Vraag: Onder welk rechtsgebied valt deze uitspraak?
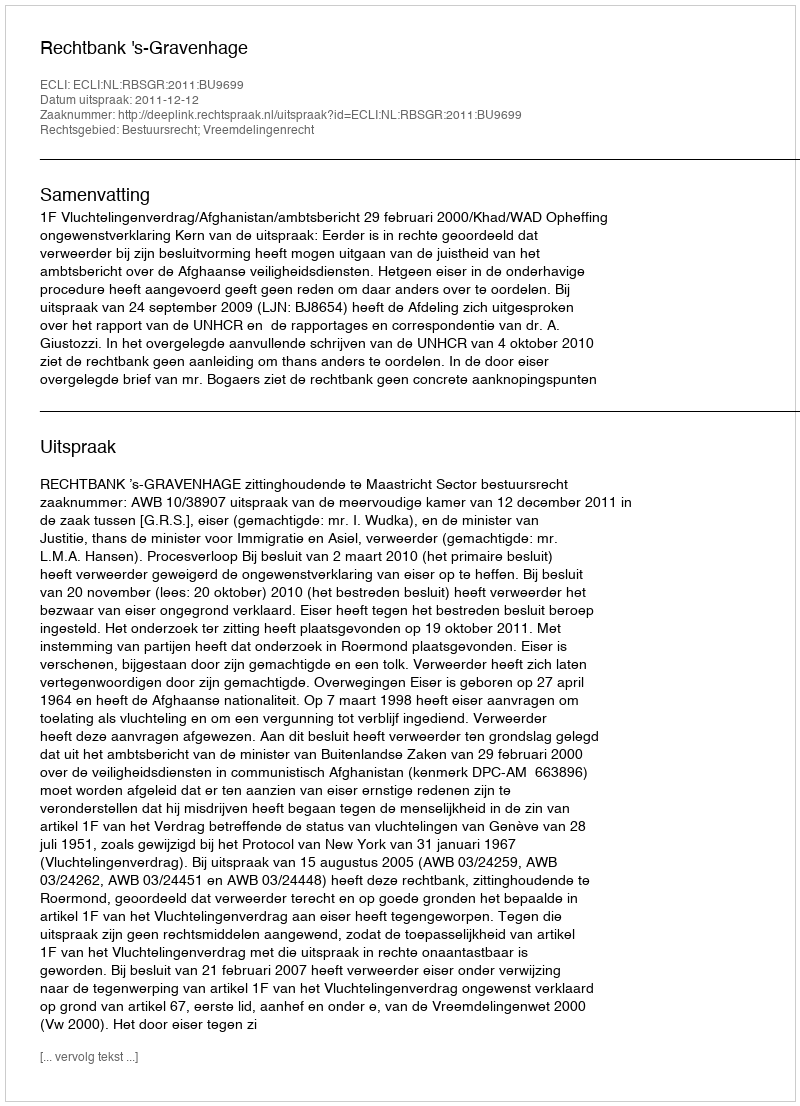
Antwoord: Bestuursrecht; Vreemdelingenrecht